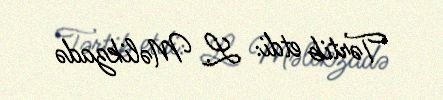
Tərtib etdi: L. Məlikzadə